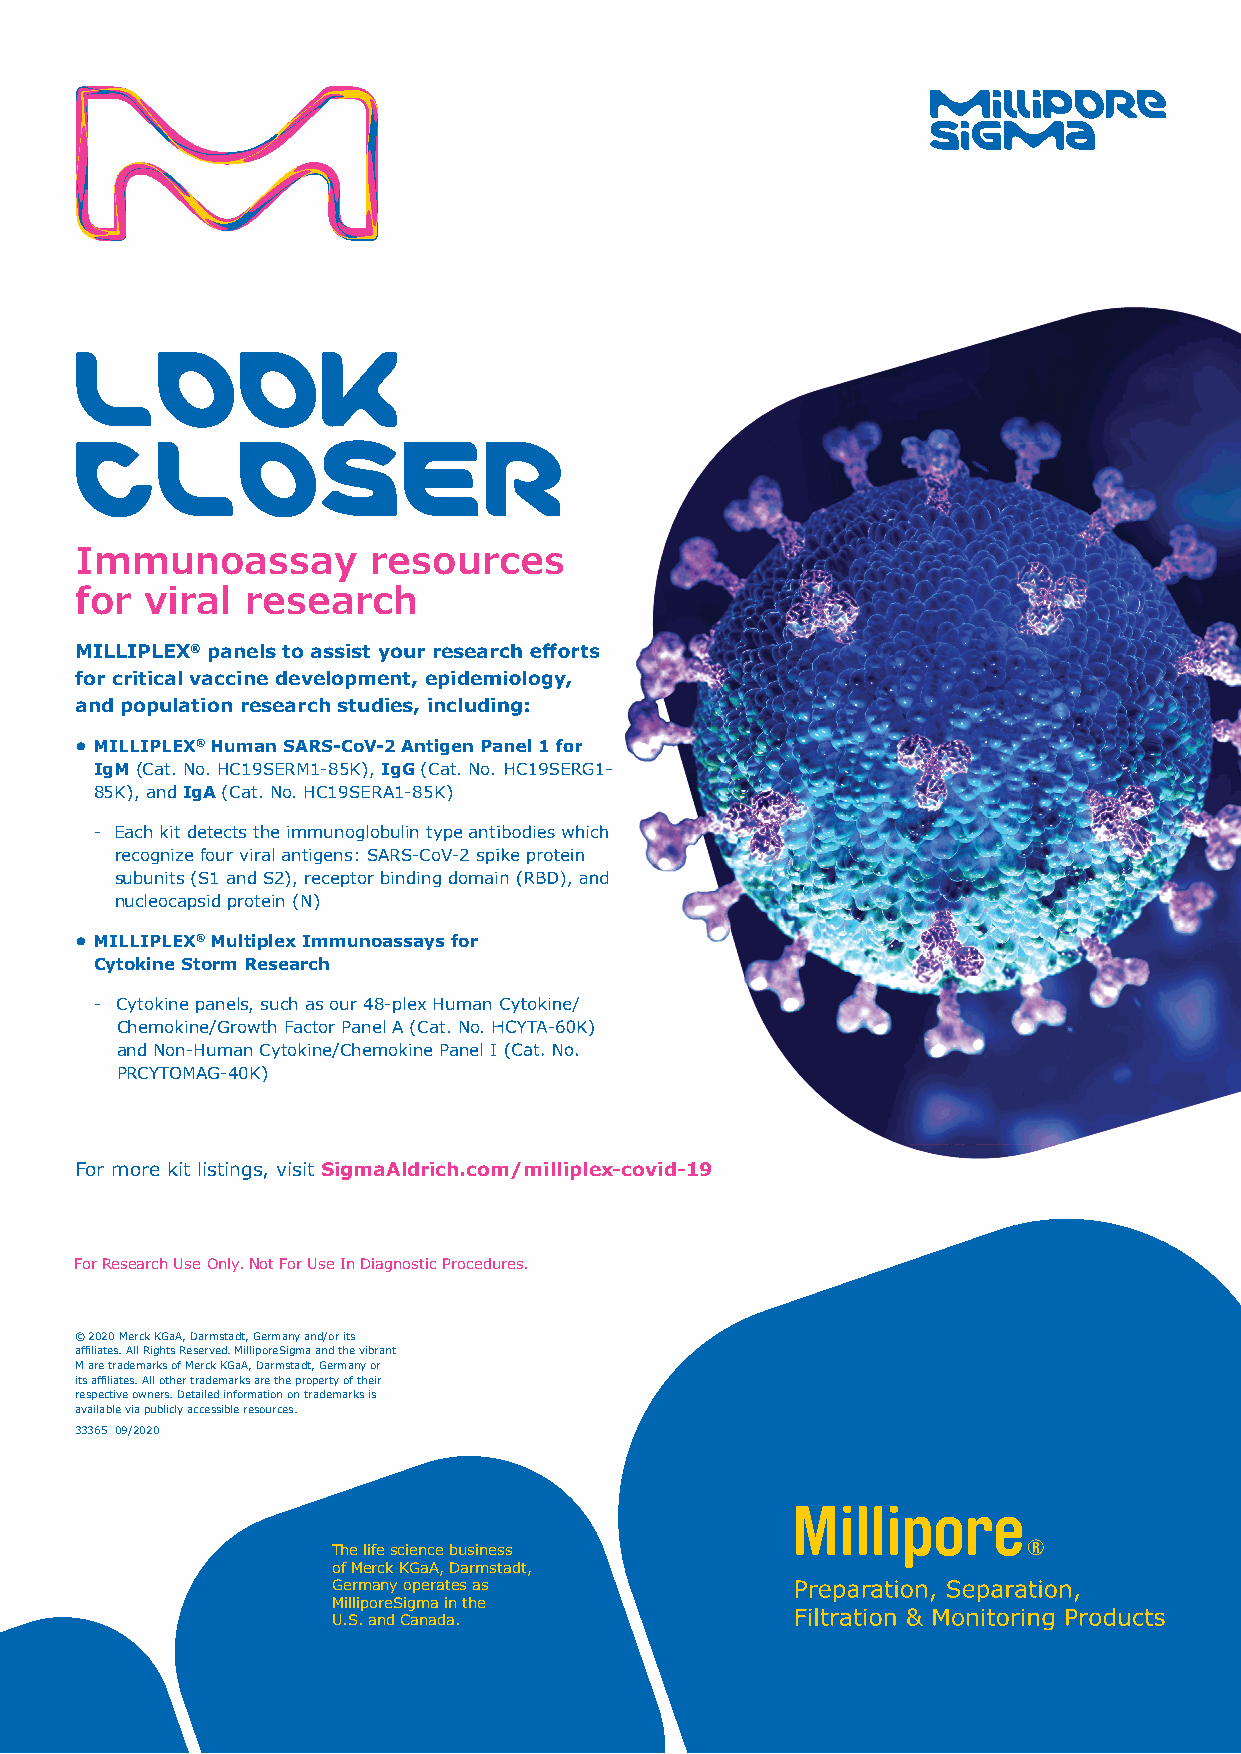
LOOK
 CCLLOOSSEERR
 IImmmmuunnooaassssaayy rreessoouurrcceess
 for  viral research
 MILLIPLEX® ppaanneellss ttoo aassssiisstt yyoouurr rreesseeaarrcchh eeffff oorrttss
 ffoorr ccrriittiiccaall vvaacccciinnee ddeevveellooppmmeenntt,, eeppiiddeemmiioollooggyy,,
 aanndd ppooppuullaattiioonn rreesseeaarrcchh ssttuuddiieess,, iinncclluuddiinngg::
 • MILLIPLEX® HHuummaann SSAARRSS--CCooVV--22 AAnnttiiggeenn PPaanneell 11 ffoorr
 IgM (Cat. No. HC19SERM1-85K), IgG ((CCaatt.. NNoo.. HHCC1199SSEERRGG11--
 85K), and IgA (Cat. No. HC19SERA1-85K)
 -- EEaacchh kkiitt ddeetteeccttss tthhee iimmmmuunnoogglloobbuulliinn ttyyppee aannttiibbooddiieess wwhhiicchh
 rreeccooggnniizzee ffoouurr vviirraall aannttiiggeennss:: SSAARRSS--CCooVV--22 ssppiikkee pprrootteeiinn
 ssuubbuunniittss ((SS11 aanndd SS22)),, rreecceeppttoorr bbiinnddiinngg ddoommaaiinn ((RRBBDD)),, aanndd
 nucleocapsid protein (N)
 • MILLIPLEX® Multiplex Immunoassays for
 Cytokine Storm Research
 -- CCyyttookkiinnee ppaanneellss,, ssuucchh aass oouurr 4488--pplleexx HHuummaann CCyyttookkiinnee//
 CChheemmookkiinnee//GGrroowwtthh FFaaccttoorr PPaanneell AA ((CCaatt.. NNoo.. HHCCYYTTAA--6600KK))
 aanndd NNoonn--HHuummaann CCyyttookkiinnee//CChheemmookkiinnee PPaanneell II ((CCaatt.. NNoo..
 PRCYTOMAG-40K)
 For more kit listings, visit SigmaAldrich.com/milliplex-covid-19
 For Research Use Only. Not For Use In Diagnostic Procedures.
 © 2020 Merck KGaA, Darmstadt, Germany and/or its
 affi liates. All Rights Reserved. MilliporeSigma and the vibrant
 M are trademarks of Merck KGaA, Darmstadt, Germany or
 its affi liates. All other trademarks are the property of their
 respective owners. Detailed information on trademarks is
 available via publicly accessible resources.
 33365 09/2020
 The life science business
 of Merck KGaA, Darmstadt,
 Germany operates as
 MilliporeSigma in the
 U.S. and Canada.